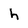
Character: h